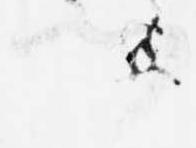
門